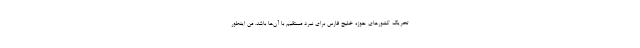
تحریک کشورهای حوزه خلیج فارس برای نبرد مستقیم با آن‌ها باشد. من اینطور